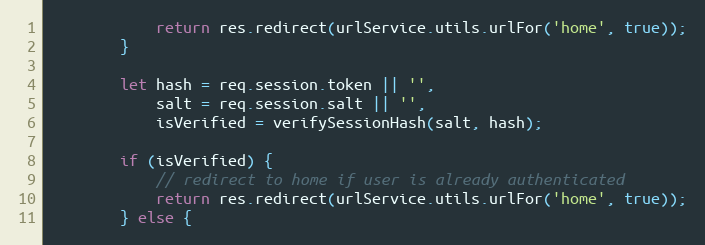
Language: JavaScript
            return res.redirect(urlService.utils.urlFor('home', true));
        }

        let hash = req.session.token || '',
            salt = req.session.salt || '',
            isVerified = verifySessionHash(salt, hash);

        if (isVerified) {
            // redirect to home if user is already authenticated
            return res.redirect(urlService.utils.urlFor('home', true));
        } else {